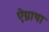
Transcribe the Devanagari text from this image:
ऐग्नाथा